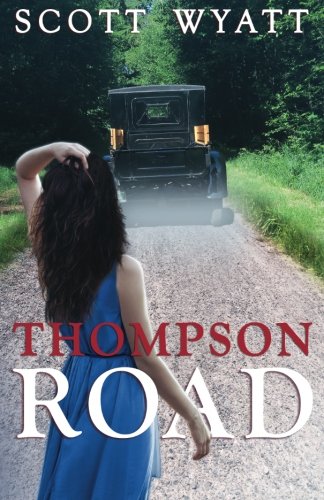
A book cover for Thompson Road; Scott Wyatt; Romance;